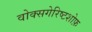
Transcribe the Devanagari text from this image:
वोक्सगेरिष्टशोफ़